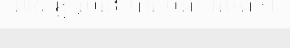
៧៩ ឆ្នាំរូបនេះបាត់បង់ការចងចាំ